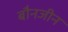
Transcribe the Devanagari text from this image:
बौनजीन